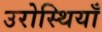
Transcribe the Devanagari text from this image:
उरोस्थियाँ